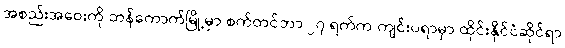
အစည်းအဝေးကို ဘန်ကောက်မြို့မှာ စက်တင်ဘာ ၂၇ ရက်က ကျင်းပရာမှာ ထိုင်းနိုင်ငံဆိုင်ရာ